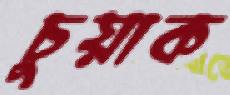
চুয়াক